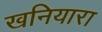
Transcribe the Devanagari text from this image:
खनियारा